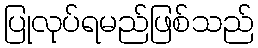
ပြုလုပ်ရမည်ဖြစ်သည်